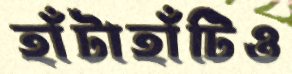
হাঁটাহাঁটিও